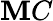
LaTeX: \mathbf{M}C